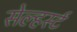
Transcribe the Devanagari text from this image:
सेल्हर्स्ट